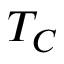
T _ { C }